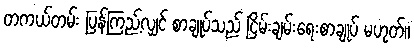
တကယ်တမ်း ပြန်ကြည့်လျှင် စာချုပ်သည် ငြိမ်းချမ်းရေးစာချုပ် မဟုတ်။